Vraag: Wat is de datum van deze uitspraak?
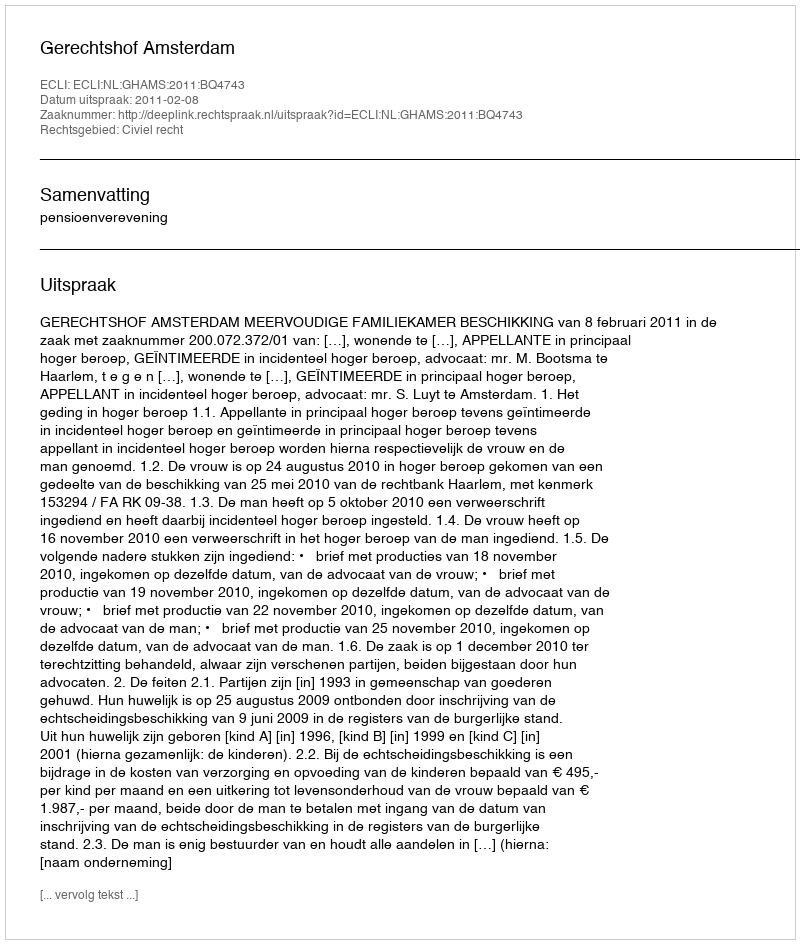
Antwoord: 2011-02-08